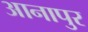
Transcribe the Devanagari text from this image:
आनापुर